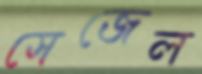
সেজেল